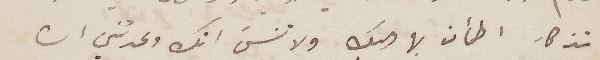
تذكار اطمأن بها اليك ولا تنسَى انك وعدتني ان